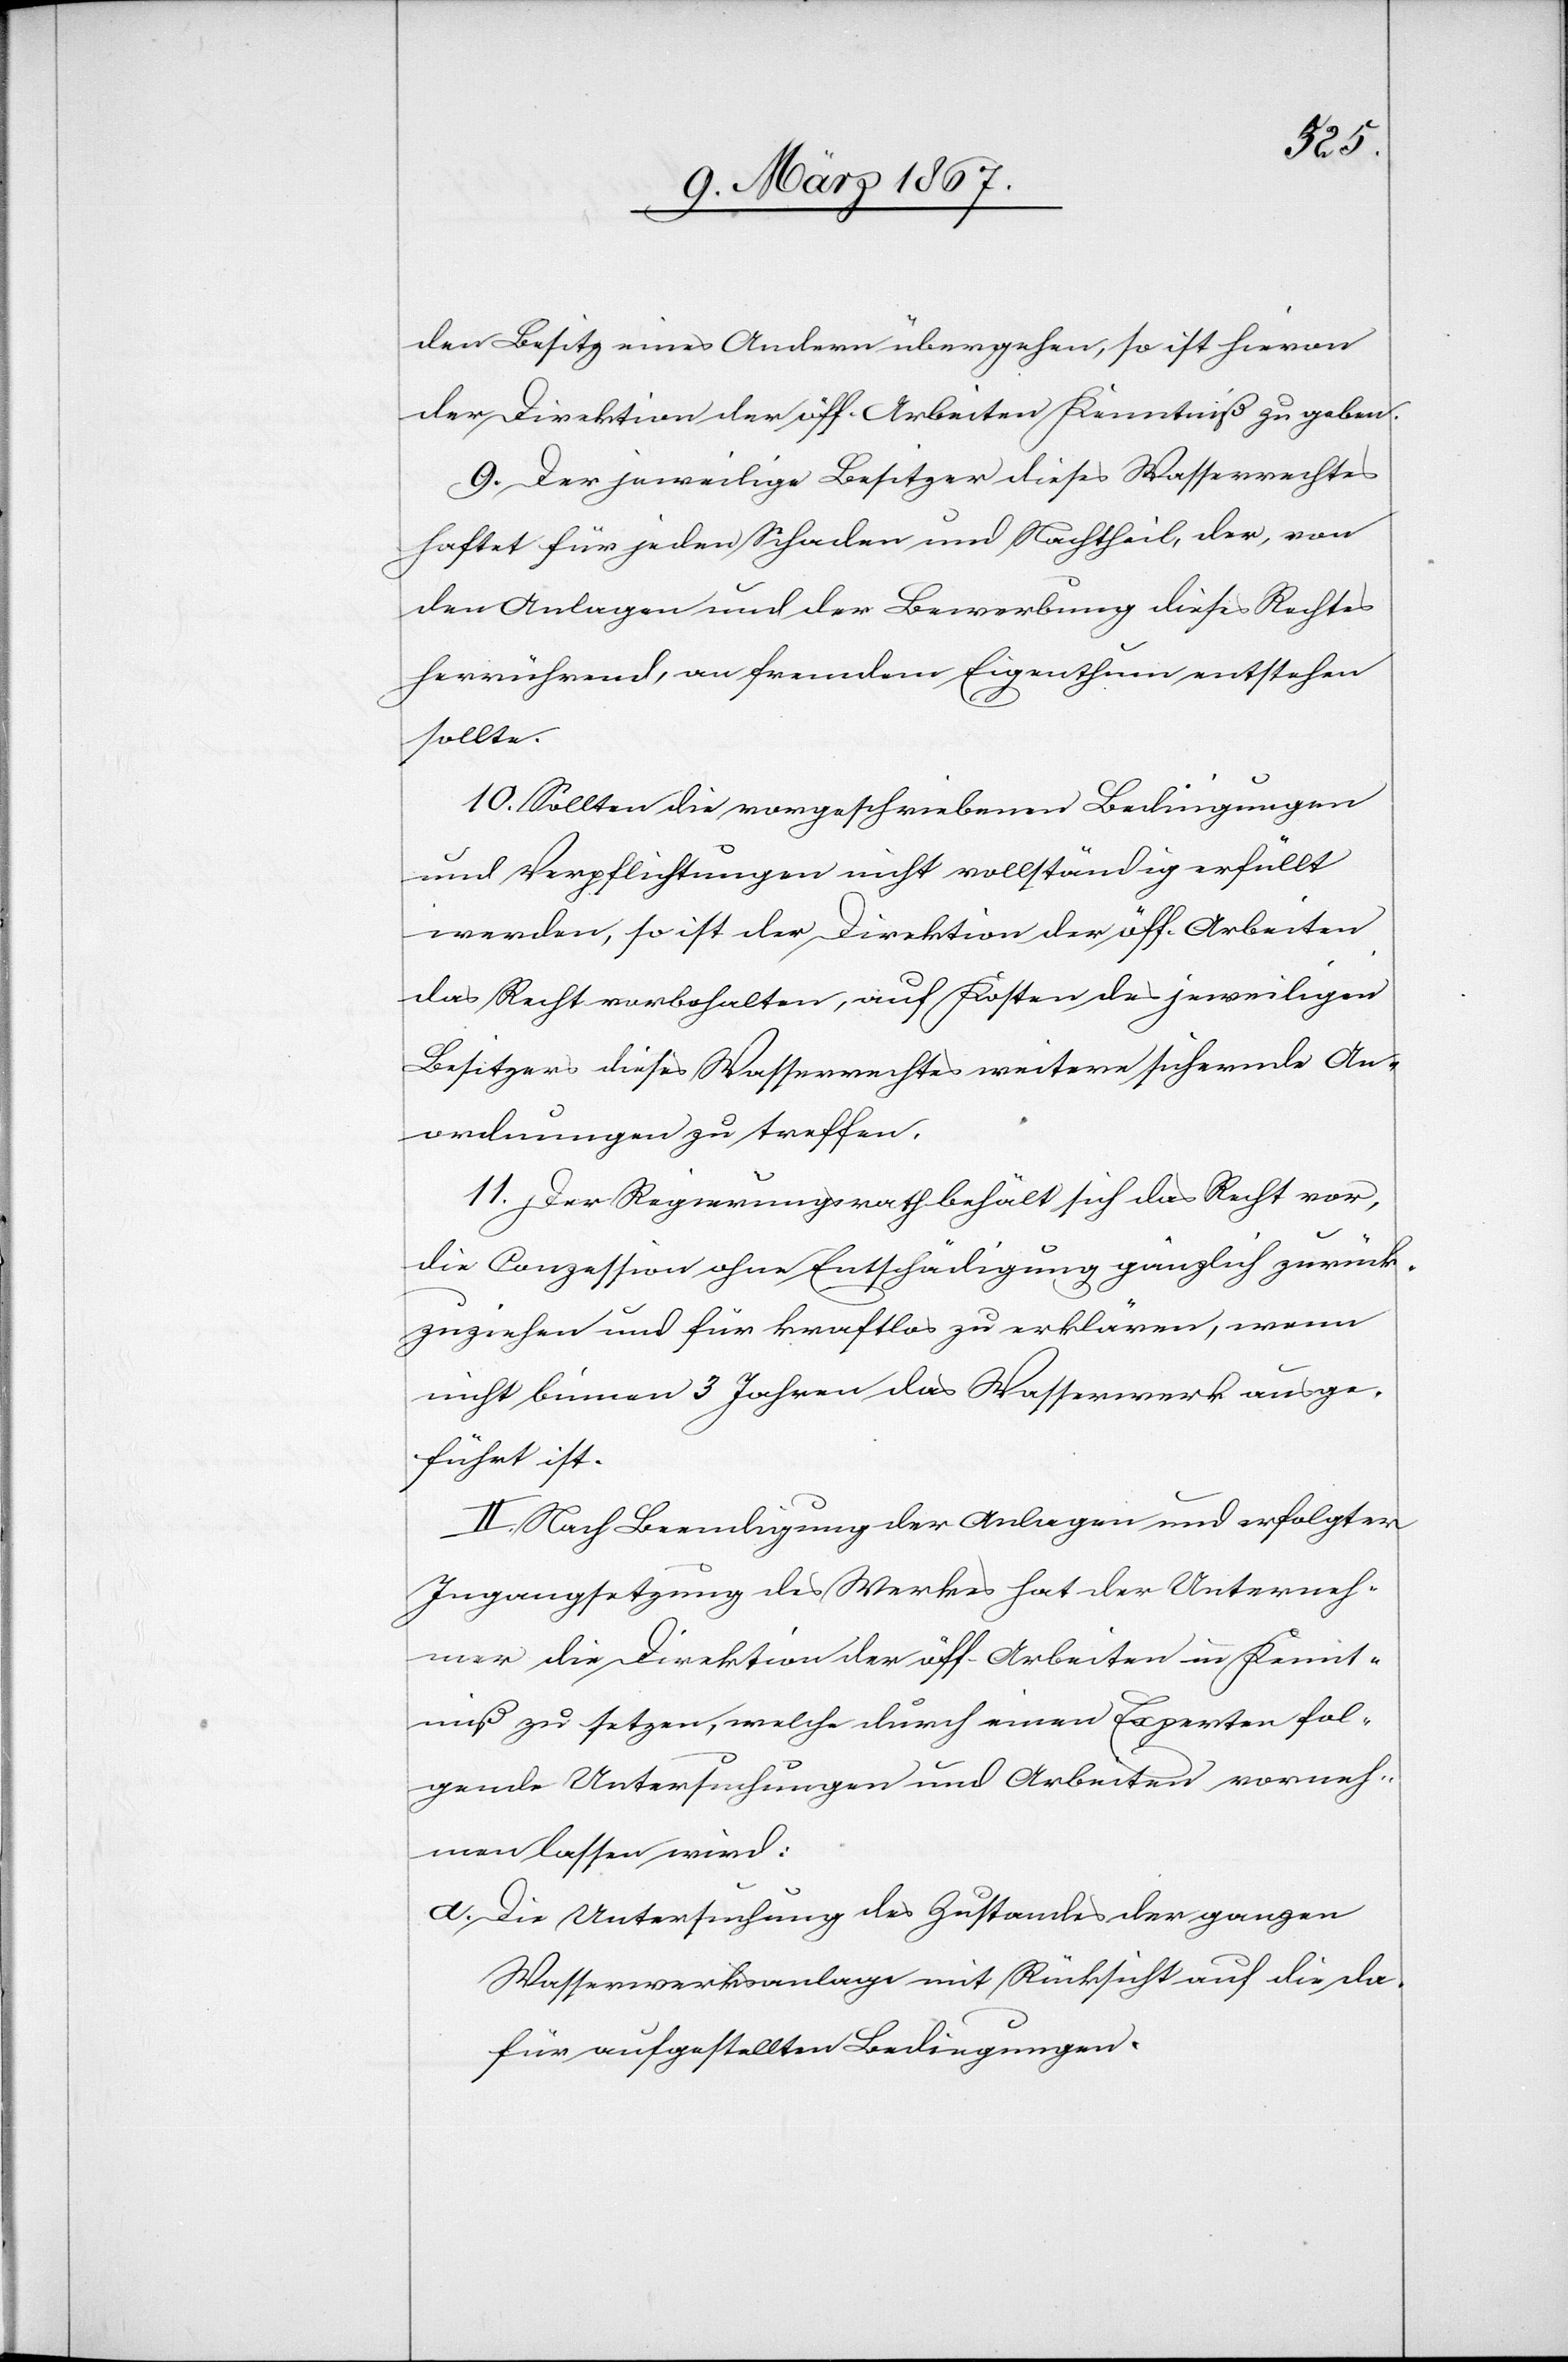
den Besitz eines Andern übergehen, so ist hievon
der Direktion der öff. Arbeiten Kenntniß zu geben.
9. Der jeweilige Besitzer dieses Wasserrechtes
haftet für jeden Schaden und Nachtheil, der, von
den Anlagen und der Bewerbung dieses Rechtes
herrührend, an fremdem Eigenthum entstehen
sollte.
10. Sollten die vorgeschriebenen Bedingungen
und Verpflichtungen nicht vollständig erfüllt
werden, so ist der Direktion der öff. Arbeiten
das Recht vorbehalten, auf Kosten des jeweiligen
Besitzers dieses Wasserrechtes weitere sichernde An¬
ordnungen zu treffen.
11. Der Regierungsrath behält sich das Recht vor,
die Conzession ohne Entschädigung gänzlich zurück¬
zuziehen und für kraftlos zu erklären, wenn
nicht binnen 3 Jahren das Wasserwerk ausge¬
führt ist.
II. Nach Beendigung der Anlagen und erfolgter
Ingangsetzung des Werkes hat der Unterneh¬
mer die Direktion der öff. Arbeiten in Kennt¬
niß zu setzen, welche durch einen Experten fol¬
gende Untersuchungen und Arbeiten vorneh¬
men lassen wird:
a. 	Die Untersuchung des Zustandes der ganzen
Wasserwerksanlagen mit Rücksicht auf die da¬
für aufgestellten Bedingungen.